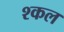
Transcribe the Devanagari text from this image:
श्कल